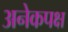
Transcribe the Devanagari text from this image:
अनेकपक्ष